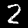
Digit: 2